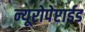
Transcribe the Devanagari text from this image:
न्यूरोपेप्टाईड